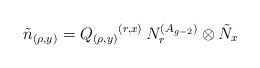
LaTeX: \begin{align*}\tilde{n}_{(\rho,y)}=Q_{(\rho,y)}{}^{(r,x)}\,N_{r}^{(A_{g-2})}\otimes\tilde{N}_x\end{align*}